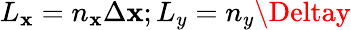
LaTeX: L_{\mathbf{x}}=n_{\mathbf{x}}\Delta\mathbf{x};L_{y}=n_{y}\Deltay